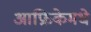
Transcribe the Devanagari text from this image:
आफ्रिकेमधे